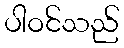
ပါဝင်သည်